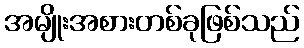
အမျိုးအစားတစ်ခုဖြစ်သည်